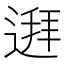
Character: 𲅩